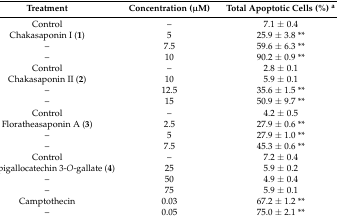
<table><thead><tr><td><b>Treatment</b></td><td><b>Concentration (μM)</b></td><td><b>Total Apoptotic Cells (%) <sup>a</sup></b></td></tr></thead><tbody><tr><td>Control</td><td>–</td><td>7.1 ± 0.4</td></tr><tr><td>Chakasaponin I (<b>1</b>)</td><td>5</td><td>25.9 ± 3.8 **</td></tr><tr><td>–</td><td>7.5</td><td>59.6 ± 6.3 **</td></tr><tr><td>–</td><td>10</td><td>90.2 ± 0.9 **</td></tr><tr><td>Control</td><td>–</td><td>2.8 ± 0.1</td></tr><tr><td>Chakasaponin II (<b>2</b>)</td><td>10</td><td>5.9 ± 0.1</td></tr><tr><td>–</td><td>12.5</td><td>35.6 ± 1.5 **</td></tr><tr><td>–</td><td>15</td><td>50.9 ± 9.7 **</td></tr><tr><td>Control</td><td>–</td><td>4.2 ± 0.5</td></tr><tr><td>Floratheasaponin A (<b>3</b>)</td><td>2.5</td><td>27.9 ± 0.6 **</td></tr><tr><td>–</td><td>5</td><td>27.9 ± 1.0 **</td></tr><tr><td>–</td><td>7.5</td><td>45.3 ± 0.6 **</td></tr><tr><td>Control</td><td>–</td><td>7.2 ± 0.4</td></tr><tr><td>(–)-Epigallocatechin 3-<i>O</i>-gallate (<b>4</b>)</td><td>25</td><td>5.9 ± 0.2</td></tr><tr><td>–</td><td>50</td><td>4.9 ± 0.4</td></tr><tr><td>–</td><td>75</td><td>5.9 ± 0.1</td></tr><tr><td>Camptothecin</td><td>0.03</td><td>67.2 ± 1.2 **</td></tr><tr><td>–</td><td>0.05</td><td>75.0 ± 2.1 **</td></tr></tbody></table>